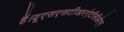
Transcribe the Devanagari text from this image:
हैं।यूएसएसटीआरऐटीसीओएम्